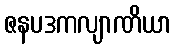
ဇနပဒကလျာဏိယာ